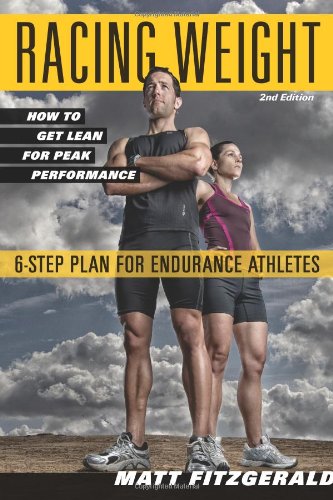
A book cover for Racing Weight: How to Get Lean for Peak Performance (The Racing Weight Series); Matt Fitzgerald; Health, Fitness & Dieting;